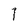
Character: 1